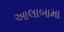
આલાબામા